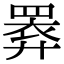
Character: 𢍧